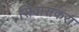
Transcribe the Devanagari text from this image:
सिवासंकरा